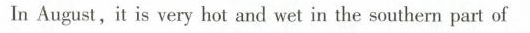
In August, it is very hol and wet in the southern part of